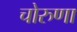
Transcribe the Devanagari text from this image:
चोरुणा